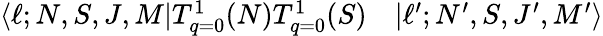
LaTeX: \begin{array}{rl}{\langle\ell;N,S,J,M|T_{q=0}^{1}(N)T_{q=0}^{1}(S)}&{{}|\ell^{\prime};N^{\prime},S,J^{\prime},M^{\prime}\rangle}\end{array}